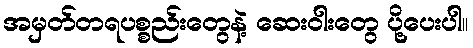
အမှတ်တရပစ္စည်းတွေနဲ့ ဆေးဝါးတွေ ပို့ပေးပါ။